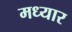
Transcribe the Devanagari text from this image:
मध्यार